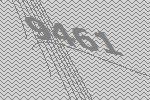
9461